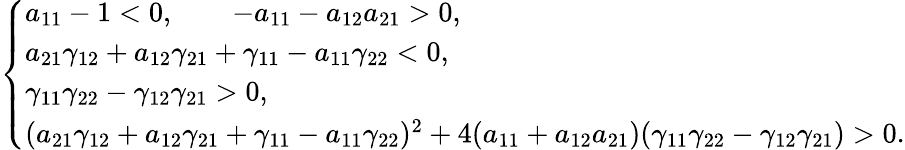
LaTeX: \left\{ \begin{array}{ll}{a_{11}-1<0,\qquad-a_{11}-a_{12}a_{21}>0,}\\ {a_{21}\gamma_{12}+a_{12}\gamma_{21}+\gamma_{11}-a_{11}\gamma_{22}<0,}\\ {\gamma_{11}\gamma_{22}-\gamma_{12}\gamma_{21}>0,}\\ {(a_{21}\gamma_{12}+a_{12}\gamma_{21}+\gamma_{11}-a_{11}\gamma_{22})^{2}+4(a_{11}+a_{12}a_{21})(\gamma_{11}\gamma_{22}-\gamma_{12}\gamma_{21})>0.}\end{array}\right.